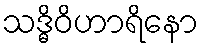
သဒ္ဓိဝိဟာရိနော